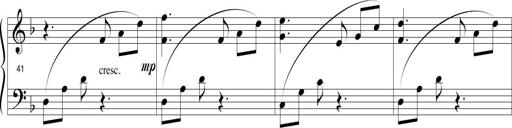
Title: Sonatina in D minor
Composer: Paul Csige
Key: D minor